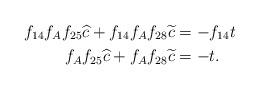
LaTeX: \begin{align*}f_{14}f_Af_{25}\widehat{c} + f_{14}f_Af_{28}\widetilde{c} &= -f_{14}t \\f_Af_{25}\widehat{c} + f_Af_{28}\widetilde{c} &= -t. \end{align*}